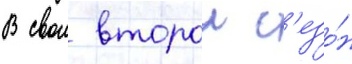
В свои второи с'езо́н